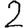
Digit: 2